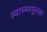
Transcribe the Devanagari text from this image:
स्वास्थ्यमूलक